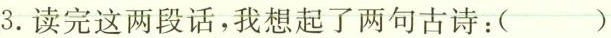
3.读完这两段话，我想起了两句古诗：()